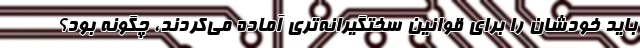
باید خودشان را برای قوانین سختگیرانه‌تری آماده می‌کردند، چگونه بود؟